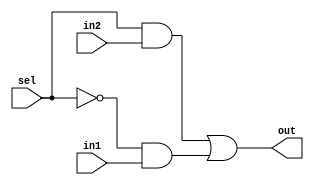
module mux2to1c1(out,sel,in1,in2);

    input in1,in2,sel;
    output out;
    wire not_sel,a1,a2;
    not (not_sel,sel);
    and (a1,sel,in2);
    and (a2,not_sel,in1);
    or(out,a1,a2);
    
endmodule

module MUX5Bit_2To1(out, select, q1, q2);
	input  [4:0] q1, q2;
	input select;
	output [4:0] out;
	genvar  j;
  generate  for(j = 0; j < 5; j = j + 1)  
    begin:  mux_loop
      mux2to1c1 Mux(out[j], select, q1[j], q2[j]);
    end
  endgenerate
endmodule

/*module TBMux5Bit_2To1;
  reg [4:0] q1, q2;
  reg select;
  wire [4:0] out;
  MUX5Bit_2To1 mux(out, select, q1, q2);
  initial begin
    $monitor($time, " Q1 = %b, Q2 = %b, Select = %b, Output = %b.", q1, q2, select, out);
    #0  q1 = 5'b10101; q2 = 5'b01010; select = 1'b0;
    #50  select = 1'b1;
    #100 $finish;
  end
endmodule*/